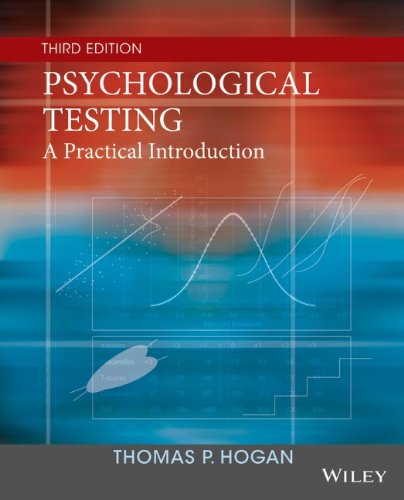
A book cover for Psychological Testing: A Practical Introduction; Thomas P. Hogan; Medical Books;